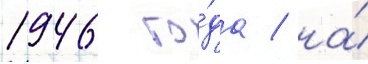
1946 го́да / на́